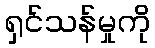
ရှင်သန်မှုကို